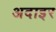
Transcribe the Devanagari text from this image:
अदाइर